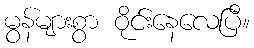
မွန်များစွာ ဝိုင်းနေလေပြီ။